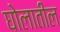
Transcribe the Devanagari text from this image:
घोलातील